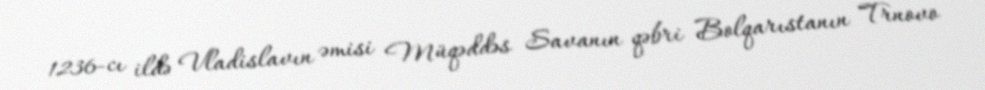
1236-cı ildə Vladislavın əmisi Müqəddəs Savanın qəbri Bolqarıstanın Trnovo